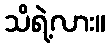
သိရဲ့လား။